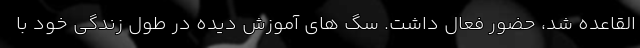
القاعده شد، حضور فعال داشت. سگ های آموزش دیده در طول زندگی خود با